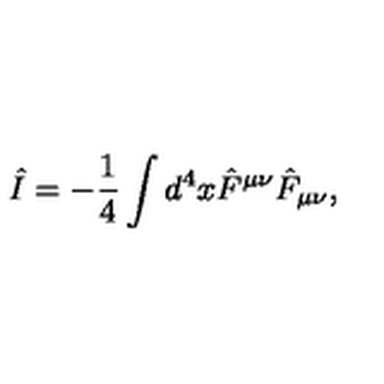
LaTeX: \hat { I } = - \frac { 1 } { 4 } \int d ^ { 4 } x \hat { F } ^ { \mu \nu } \hat { F } _ { \mu \nu } ,